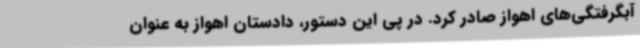
آبگرفتگی‌های اهواز صادر کرد. در پی این دستور، دادستان اهواز به عنوان